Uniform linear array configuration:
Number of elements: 4
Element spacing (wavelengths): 0.5
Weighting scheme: hann
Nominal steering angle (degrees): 60
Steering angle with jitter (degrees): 58.766
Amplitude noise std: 0.05
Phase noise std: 0.05

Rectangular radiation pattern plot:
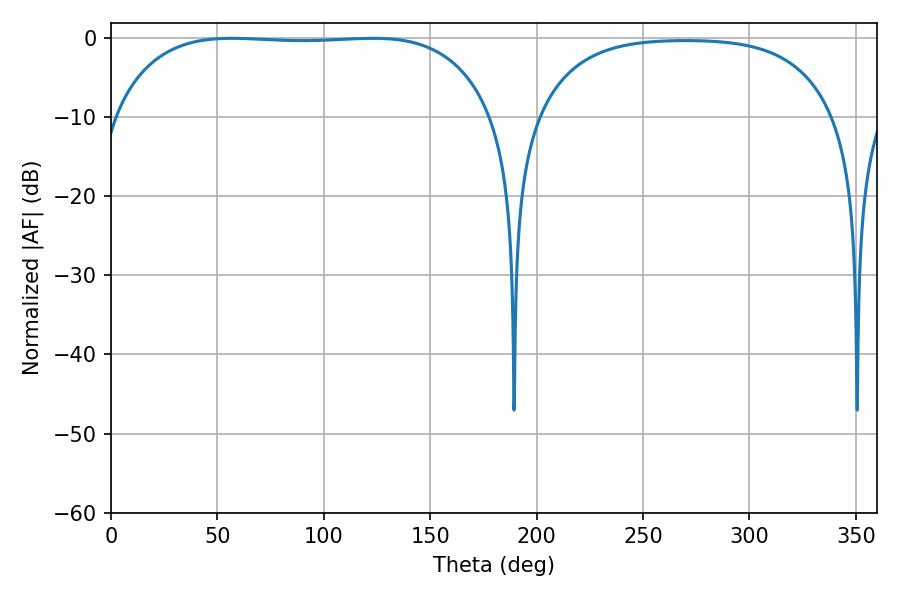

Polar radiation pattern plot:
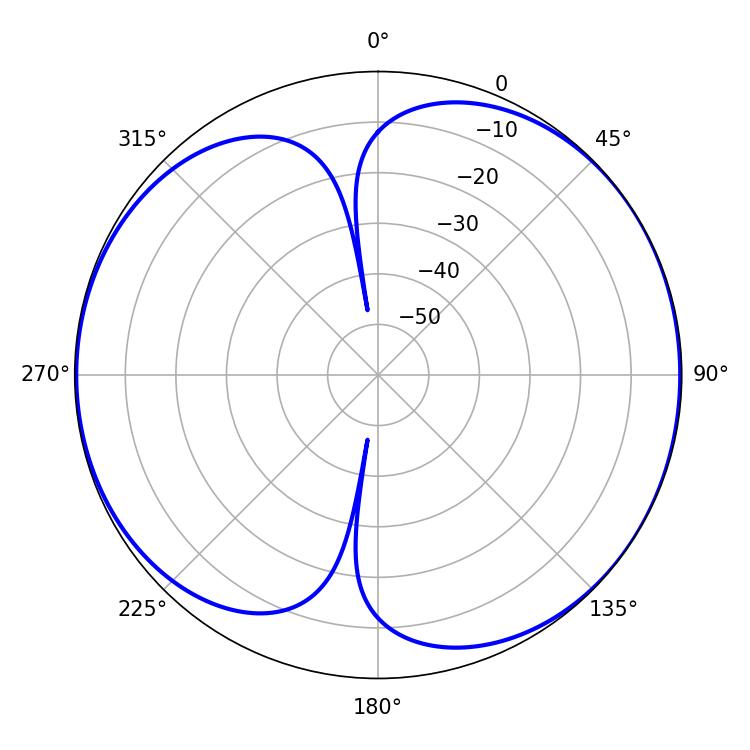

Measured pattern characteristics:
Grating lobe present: FALSE
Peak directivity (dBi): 6.581
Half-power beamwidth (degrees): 140.4
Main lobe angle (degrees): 56.7